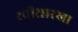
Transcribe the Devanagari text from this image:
रवीसारखा